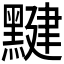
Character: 𪑼